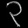
Digit: ၃